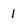
Character: I